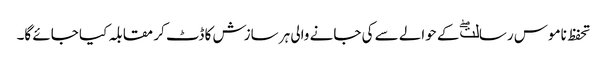
تحفظ ناموس رسالتۖ کے حوالے سے کی جانے والی ہر سازش کا ڈٹ کر مقابلہ کیا جائے گا۔